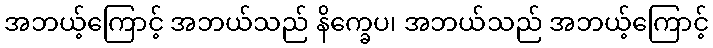
အဘယ့်ကြောင့် အဘယ်သည် နိက္ခေပ၊ အဘယ်သည် အဘယ့်ကြောင့်